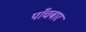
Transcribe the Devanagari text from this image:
पाँचबार